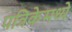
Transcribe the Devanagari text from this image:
पत्रिकेमध्ये